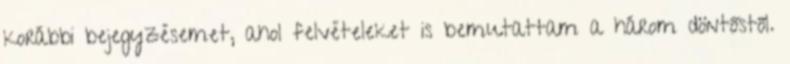
korábbi bejegyzésemet, ahol felvételeket is bemutattam a három döntőstől.